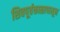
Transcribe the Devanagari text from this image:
शिवपूर्वकाळापासून